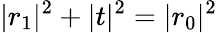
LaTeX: |r_{1}|^{2}+|t|^{2}=|r_{0}|^{2}